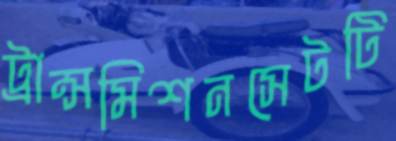
ট্রান্সমিশনসেটটি